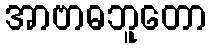
အာဗာဓဘူတော